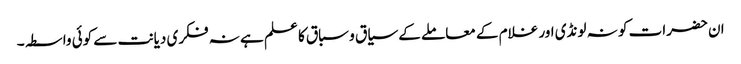
ان حضرات کو نہ لونڈی اور غلام کے معاملے کے سیاق و سباق کا علم ہے نہ فکری دیانت سے کوئی واسطہ۔